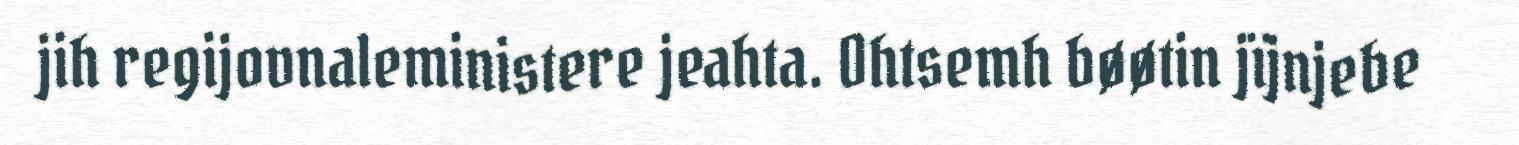
jih regijovnaleministere jeahta. Ohtsemh bøøtin jïjnjebe